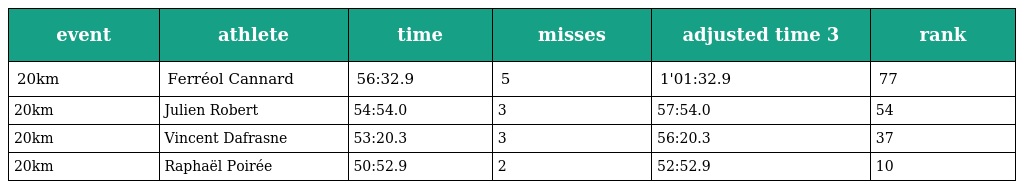
| event | athlete | time | misses | adjusted time 3 | rank |
 | --- | --- | --- | --- | --- | --- |
 | 20km | Ferréol Cannard | 56:32.9 | 5 | 1'01:32.9 | 77 |
 | 20km | Julien Robert | 54:54.0 | 3 | 57:54.0 | 54 |
 | 20km | Vincent Dafrasne | 53:20.3 | 3 | 56:20.3 | 37 |
 | 20km | Raphaël Poirée | 50:52.9 | 2 | 52:52.9 | 10 |